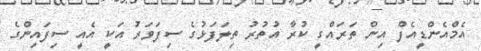
އެމްއެންޑީއެފް އިން ތަރައްގީ ކުރާ އުތުރު ތިލަފަޅުގެ ސިފަވަރު އަކީ އެއީ ސިފައިންގެ